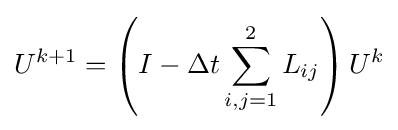
U^{k+1}=\left(I-\Delta t\sum _{i,j=1}^{2}L_{ij}\right)U^{k}